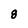
Character: 8